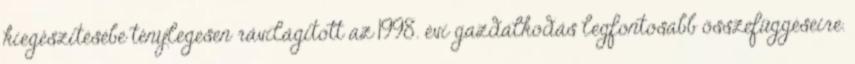
kiegészítésébe ténylegesen rávilágított az 1998. évi gazdálkodás legfontosabb összefüggéseire.